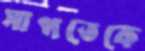
সাপতেকে